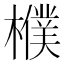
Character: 㯷